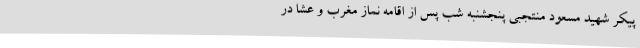
پیکر شهید مسعود منتجبی پنجشنبه شب پس از اقامه نماز مغرب و عشا در